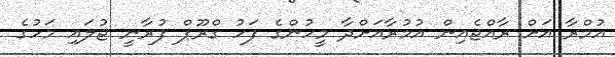
އުމްރާ އަށް ރާއްޖެއިން އުމުރާއަށްދާ މީހުންގެ ފަހު ގްރޫޕް ފުރާނީ ޖުލައި މަހުގެ